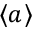
\langle a \rangle